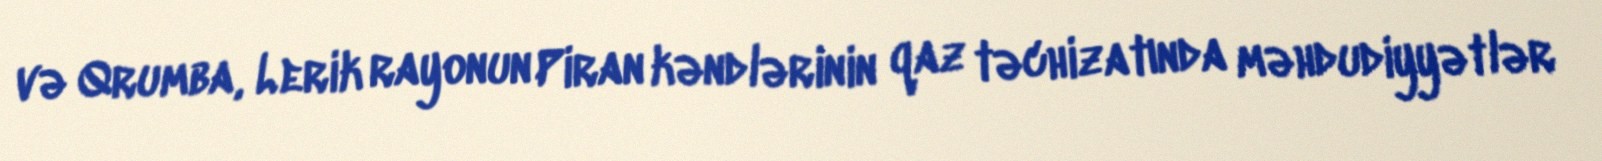
və Qrumba, Lerik rayonun Piran kəndlərinin qaz təchizatında məhdudiyyətlər